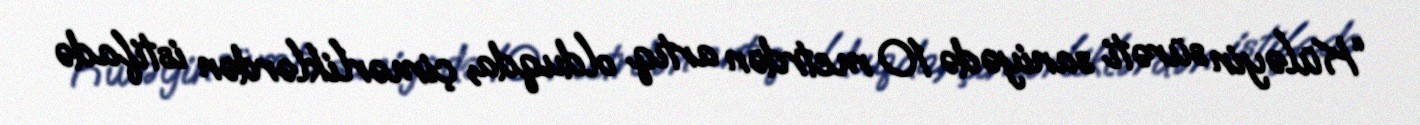
“Küləyin sürəti saniyədə 10 metrdən artıq olduqda, çimərliklərdən istifadə